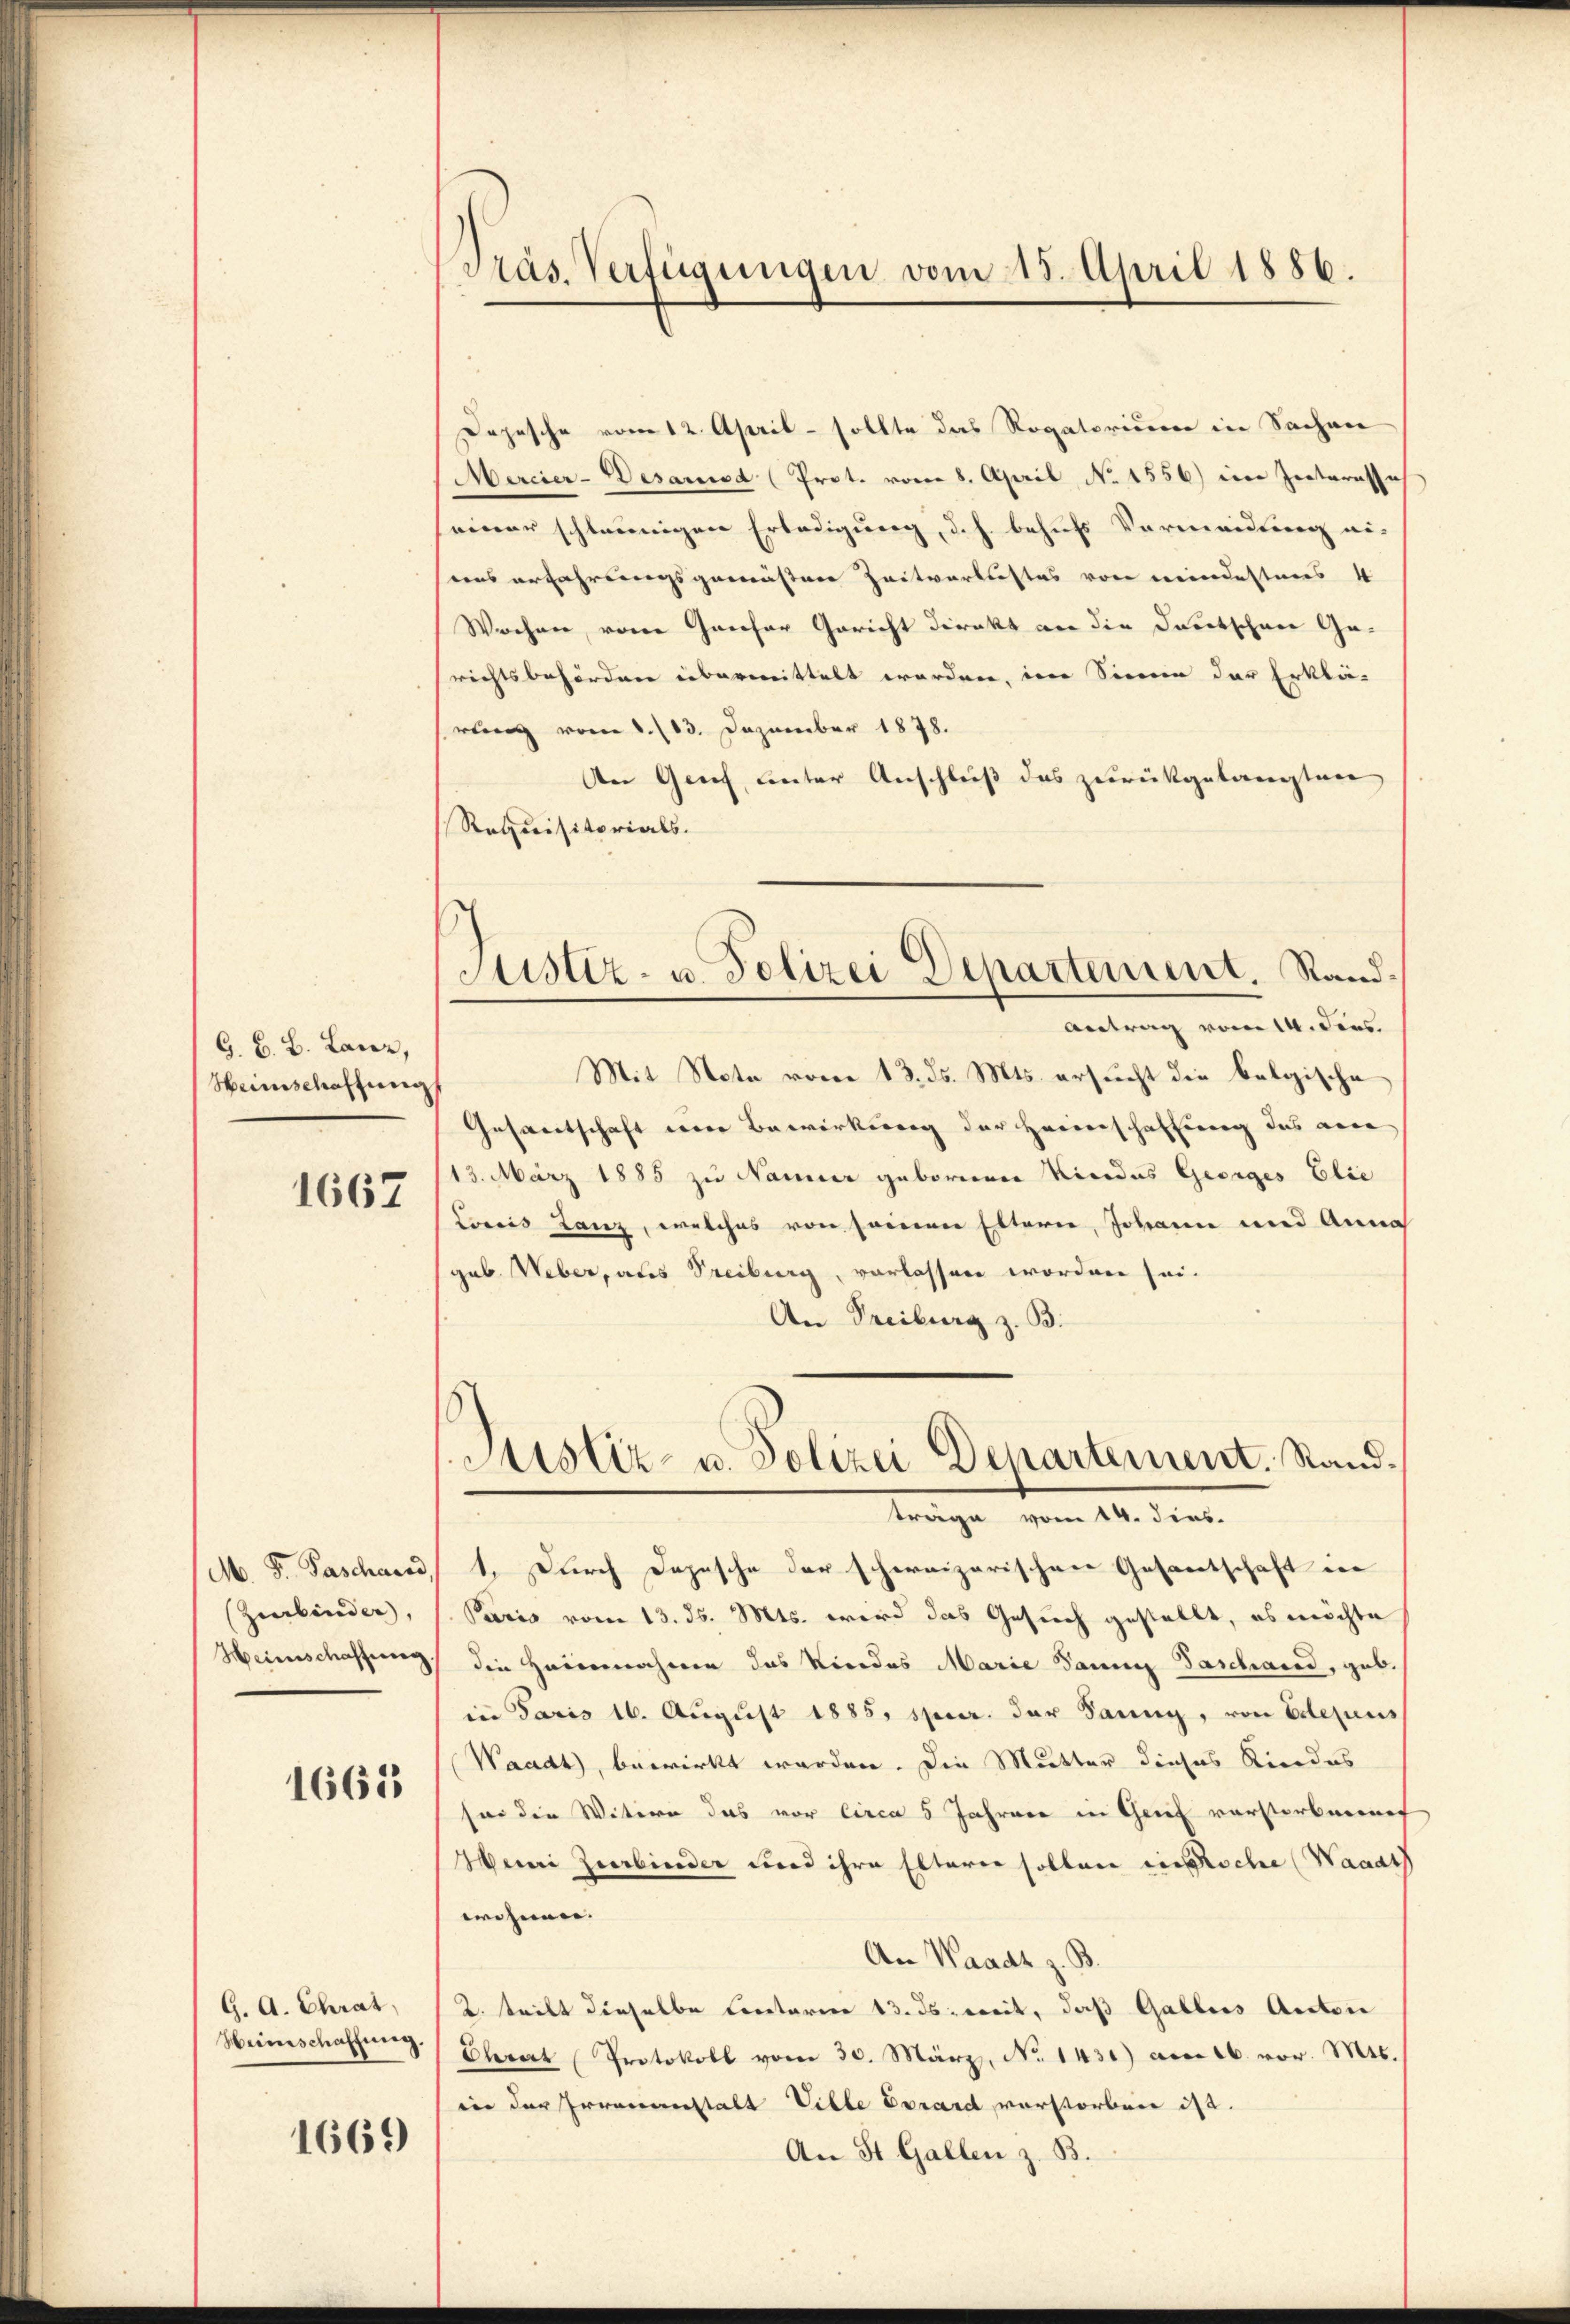
G. B. B. Lanz,
Heinschaffung
1667

(Zurbinder,
1665

G. A. Chrat,
Weinschaffung.

1669

Präs. Verfügungen vom 15. April 1886.

Dojesche vom 12. April - sollte das Rogatorium in Sachen
Mercier-Desarisa (Prot. vom 8. April No 1556) die Zeiteresse
einer schleunigen Erledigung, d.h. behufs Vermeidung aus
uus erfahrungsgemeistere Zeitvorklostes von mindesteres 4
Wochen, von Gancher Gericht direkt an die Deutschen Gerichtsbehörden übermittelt worden, im Sinnen der Erklä-
rung vom 1. /13. Dezember 1878.
An Greif, Lnter Anschluß das zurückgelangten
Requisitorials.
Mit Note vom 13. ds. Mts. ersucht die belgische
Gesandtschaft eine Bewirkung der Heimschaffung das ane
13. März 1885 zu Namier geborener Niedes Georges Elie
Lois Lanz, welches von seinen Elterne, Johann und Annah
gab. Weber, aus Freiburg, vorlassen worden sei.
An Treiburg z. B.
Justiz- u. Polizei Departement. Standtrage vom 14. dies
M. F. Paschard, 1. Durch Depesche der schweizerischen Gesantschaft in
Paris vom 13. ds. Mts. wird das Gesuch gestellt, es möchte
Heinschaffung, die Heinnahmen das Niedes Marie San Paschand, geb.
in Paris 16. August 1885, speer. der Sanng, von Edlejus
Waadt, bewirkt werden. Die Mutter dieses Rindes
son die Witern das vor circa 5 Jahren in Genf verstorbenen
Henri Zierbinder wird ihre Elterer sollen insche Waadt
wohnen. |
An Waadt z. B.
2. tritt dieselbe Certorien 13. ds. weit, daß Gallis Aectore
Clarat Protokoll vom 30. März, No 1431) am 16. vor. Mts.
in der Irrenanstalt Ville Vorard vorstorben ist.
An St. Gallen z. B.

Justiz- u. Polizei Departement, Rand¬
Antrag vom 14. Fees.